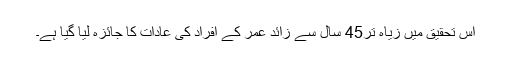
اس تحقیق میں زیاہ تر45 سال سے زائد عمر کے افراد کی عادات کا جائزہ لیا گیا ہے۔